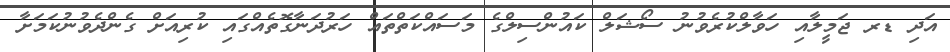
އަދި ޑރ ޖަމީލާއި ހަވާލްކުރެވުނު ސޯޝަލް ކައުންސިލްގެ މަސައްކަތްތައް ހަރުދަނާގޮތެއްގައި ކުރިއަށް ގެންދެވުނުކަމަށާ